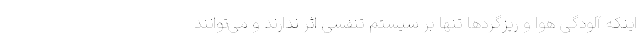
اینکه آلودگی هوا و ریزگردها تنها بر سیستم تنفسی اثر ندارند و می‌توانند